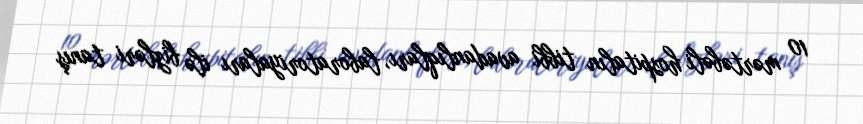
10 mərtəbəli hospitalın tibbi avadanlıqları, laboratoriyaları ilə bizləri tanış